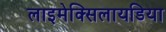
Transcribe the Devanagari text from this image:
लाइमेक्सिलायडिया